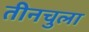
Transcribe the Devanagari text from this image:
तीनचुला